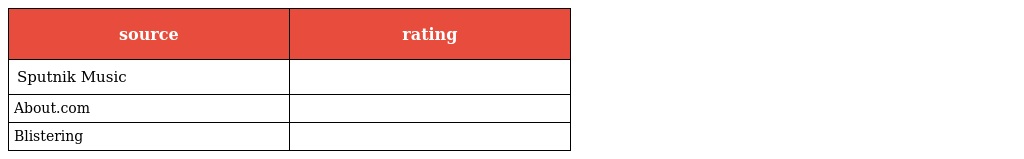
| source | rating |
 | --- | --- |
 | Sputnik Music |  |
 | About.com |  |
 | Blistering |  |